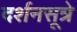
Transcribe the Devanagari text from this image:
दर्शनसूत्रे